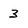
Character: 3